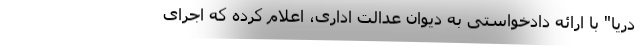
دریا" با ارائه دادخواستی به دیوان عدالت اداری، اعلام کرده که اجرای